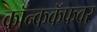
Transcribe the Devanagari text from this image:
कॉन्ककॅफवर